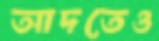
আদতেও